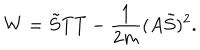
LaTeX: W = \tilde { S } T T - \frac { 1 } { 2 m } ( A \tilde { S } ) ^ { 2 } .